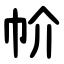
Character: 㠹